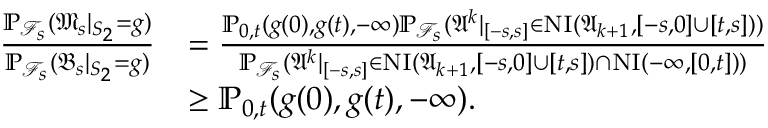
\begin{array} { r l } { \frac { \mathbb { P } _ { \mathcal { F } _ { s } } ( \mathfrak { M } _ { s } | _ { S _ { 2 } } = g ) } { \mathbb { P } _ { \mathcal { F } _ { s } } ( \mathfrak { B } _ { s } | _ { S _ { 2 } } = g ) } } & { = \frac { \mathbb { P } _ { 0 , t } ( g ( 0 ) , g ( t ) , - \infty ) \mathbb { P } _ { \mathcal { F } _ { s } } ( \mathfrak { A } ^ { k } | _ { [ - s , s ] } \in \operatorname { N I } ( \mathfrak { A } _ { k + 1 } , [ - s , 0 ] \cup [ t , s ] ) ) } { \mathbb { P } _ { \mathcal { F } _ { s } } ( \mathfrak { A } ^ { k } | _ { [ - s , s ] } \in \operatorname { N I } ( \mathfrak { A } _ { k + 1 } , [ - s , 0 ] \cup [ t , s ] ) \cap \operatorname { N I } ( - \infty , [ 0 , t ] ) ) } } \\ & { \ge \mathbb { P } _ { 0 , t } ( g ( 0 ) , g ( t ) , - \infty ) . } \end{array}